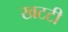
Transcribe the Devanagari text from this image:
खटटी